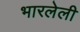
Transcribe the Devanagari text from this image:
भारलेली